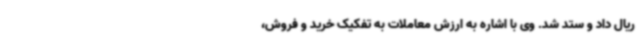
ریال داد و ستد شد. وی با اشاره به ارزش معاملات به تفکیک خرید و فروش،